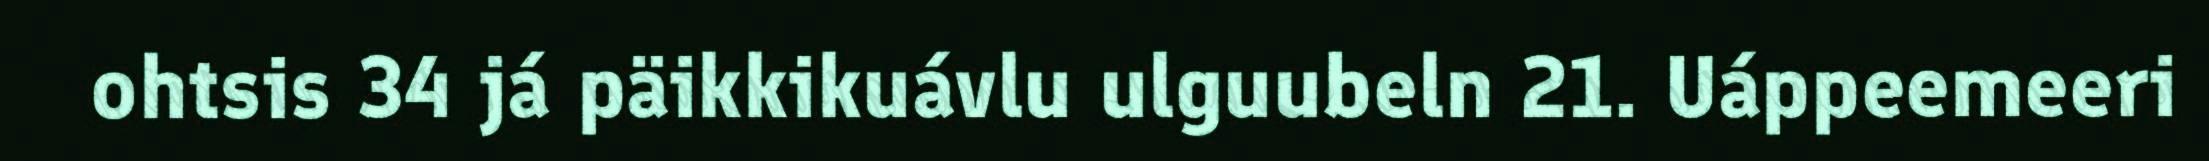
ohtsis 34 já päikkikuávlu ulguubeln 21. Uáppeemeeri